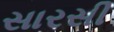
સારસી